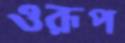
ওরূপ